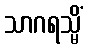
သာဂရသ္မိံ